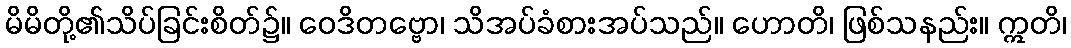
မိမိတို့၏သိပ်ခြင်းစိတ်၌။ ဝေဒိတဗ္ဗော၊ သိအပ်ခံစားအပ်သည်။ ဟောတိ၊ ဖြစ်သနည်း။ ဣတိ၊